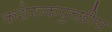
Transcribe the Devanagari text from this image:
कशेरुकपुच्छीय